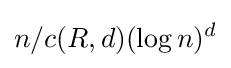
n/c(R,d)(\log {n})^{d}